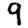
Digit: 9